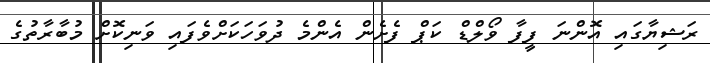
ރަޝިޔާގައި އޮންނަ ފީފާ ވޯލްޑް ކަޕް ފެށެން އެންމެ ދުވަހަކަށްވެފައި ވަނިކޮށް މުބާރާތުގެ